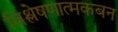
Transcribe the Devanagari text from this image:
विश्लेषणात्मकबन